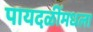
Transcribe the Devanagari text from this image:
पायदळींमधला